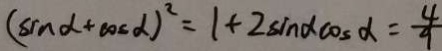
( \sin \alpha + \cos a ) ^ { 2 } = 1 + 2 \sin a \cos a = \frac { 4 } { 9 }